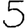
Digit: 5